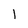
Character: 1